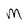
Character: m